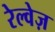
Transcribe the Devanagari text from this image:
रेल्वेज़